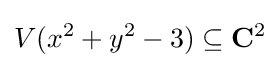
V(x^{2}+y^{2}-3)\subseteq \mathbf {C} ^{2}